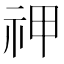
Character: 𬒱